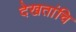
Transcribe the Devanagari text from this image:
देखतांचि